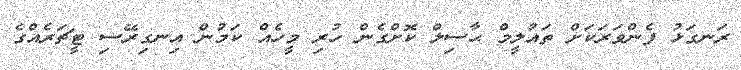
ރަނގަޅު ފެންވަރަކަށް ތައުލީމް ޙާސިލް ކޮށްގެން ހުރި މީހެއް ކަމުން އިނގިރޭސި ޓީޗަރެއްގެ